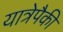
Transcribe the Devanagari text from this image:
यात्रेपैकी